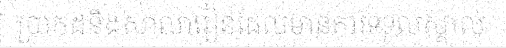
ប្រាកដនិងសាលារៀនដែលមានការទទួលស្គាល់